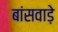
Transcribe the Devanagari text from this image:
बांसवाड़े